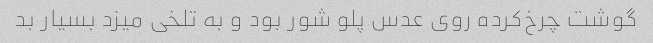
گوشت چرخ‌کرده روی عدس پلو شور بود و به تلخی میزد بسیار بد